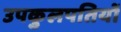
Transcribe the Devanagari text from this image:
उपकुलपतियों